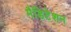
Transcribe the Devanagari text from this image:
मैडिटेशन